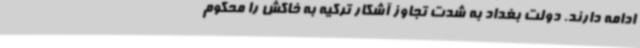
ادامه دارند. دولت بغداد به شدت تجاوز آشکار ترکیه به خاکش را محکوم